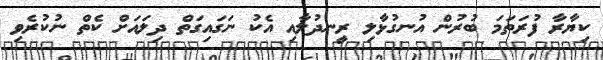
ކިޔާރާ ފުރަތަމަ ބުރުން އުނގުޅާލި ރީނދުލާއި އެކު ނަގައިގަތް ދިލައަށް ކެތް ނުކުރެވި